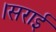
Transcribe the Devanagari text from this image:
।सराई